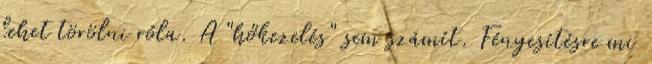
lehet törölni róla. A "hőkezelés" sem számít. Fényesítésre mi